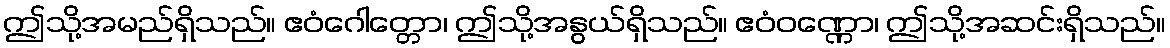
ဤသို့အမည်ရှိသည်။ ဧဝံဂေါတ္တော၊ ဤသို့အနွယ်ရှိသည်။ ဧဝံဝဏ္ဏော၊ ဤသို့အဆင်းရှိသည်။